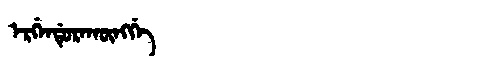
Manchu: ᡝᡵᡤᡝᠨᡩᡠᡵᠠᡴᡡᠩᡤᡝ
Romanization: ERGENDURAKŪNGGE